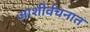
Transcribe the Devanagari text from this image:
आशीर्वचनात